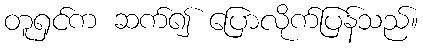
တူရှင်က ဆက်၍ ပြောလိုက်ပြန်သည်။